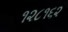
૧૨૮૧૬૨